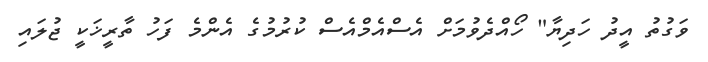
ވަގުތު އީދު ހަދިޔާ" ހޯއްދެވުމަށް އެސްއެމްއެސް ކުރުމުގެ އެންމެ ފަހު ތާރީޚަކީ ޖުލައި